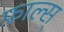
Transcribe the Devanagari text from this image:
फ़ाल्स्